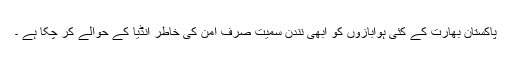
پاکستان بھارت کے کئی ہوابازوں کو ابھی نندن سمیت صرف امن کی خاطر انڈیا کے حوالے کر چکا ہے ۔